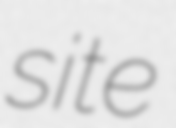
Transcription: site